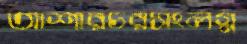
আশারচরসংলগ্ন